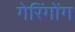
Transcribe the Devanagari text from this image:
गेरिंगोंग